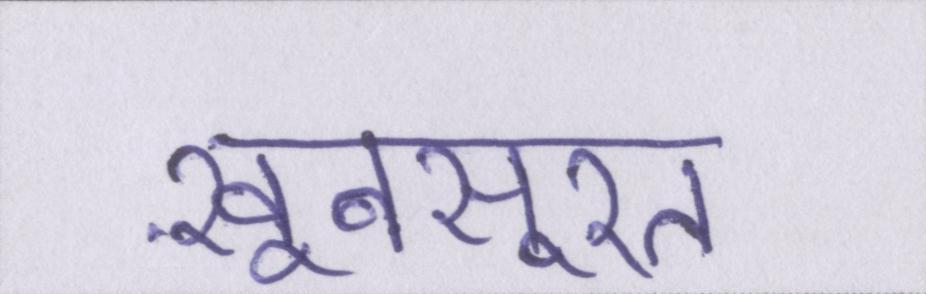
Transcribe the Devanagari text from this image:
ख़ूबसूरत